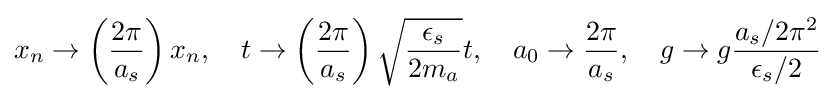
x_{n}\to \left({\frac {2\pi }{a_{s}}}\right)x_{n},\quad t\to \left({\frac {2\pi }{a_{s}}}\right){\sqrt {\frac {\epsilon _{s}}{2m_{a}}}}t,\quad a_{0}\to {\frac {2\pi }{a_{s}}},\quad g\to g{\frac {a_{s}/2\pi ^{2}}{\epsilon _{s}/2}}